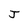
Character: J